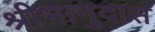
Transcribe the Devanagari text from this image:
श्रीभानुदास